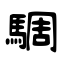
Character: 騆